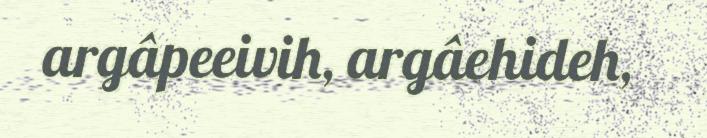
argâpeeivih, argâehideh,